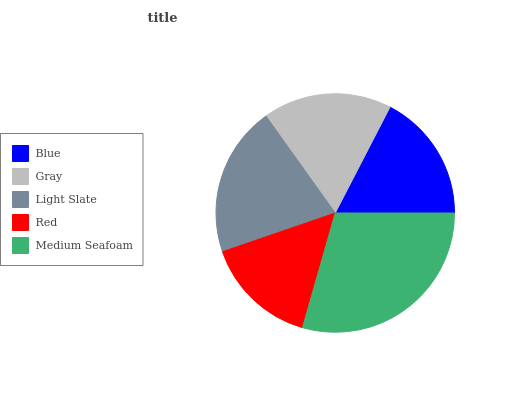
| Blue | Gray | Light Slate | Red | Medium Seafoam |
 | --- | --- | --- | --- | --- |
 | 17.4% | 17.5% | 20.4% | 15.3% | 29.4% |